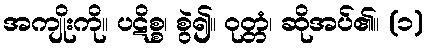
အကျိုးကို။ ပဋိစ္စ၊ စွဲ၍။ ဝုတ္တံ၊ ဆိုအပ်၏။ (၁)